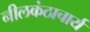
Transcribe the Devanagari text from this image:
नीलकंठाचार्य